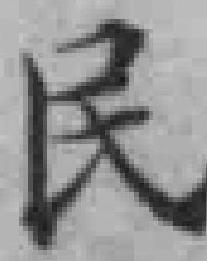
民